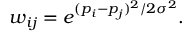
w _ { i j } = e ^ { ( p _ { i } - p _ { j } ) ^ { 2 } / 2 \sigma ^ { 2 } } .